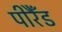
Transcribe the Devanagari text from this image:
पीरैँड